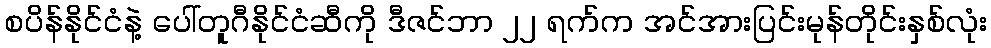
စပိန်နိုင်ငံနဲ့ ပေါ်တူဂီနိုင်ငံဆီကို ဒီဇင်ဘာ ၂၂ ရက်က အင်အားပြင်းမုန်တိုင်းနှစ်လုံး